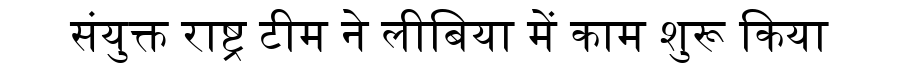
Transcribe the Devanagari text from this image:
संयुक्त राष्ट्र टीम ने लीबिया में काम शुरू किया